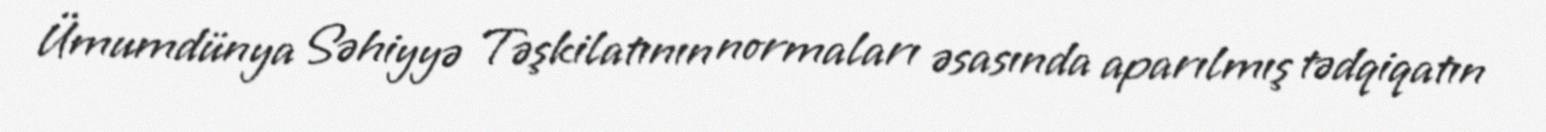
Ümumdünya Səhiyyə Təşkilatının normaları əsasında aparılmış tədqiqatın